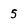
Character: 5